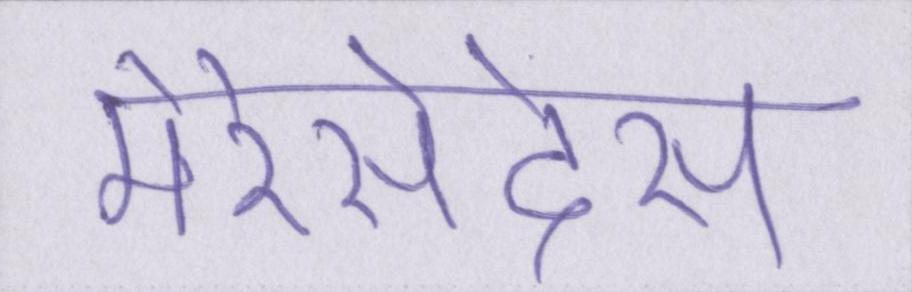
मेरेसेदेस